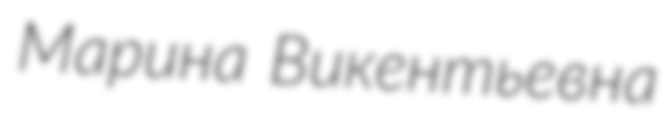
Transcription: Марина Викентьевна